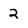
Character: 2